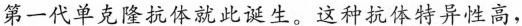
第一代单克隆抗体就此诞生。这种抗体特异性高，